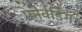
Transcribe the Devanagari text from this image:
फोर्वर्डिंग